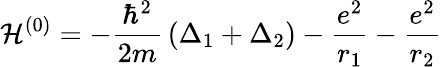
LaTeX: {\mathcal{H}}^{(0)}=-{\frac{\hbar^{2}}{2m}}\left(\Delta_{1}+\Delta_{2}\right)-{\frac{e^{2}}{r_{1}}}-{\frac{e^{2}}{r_{2}}}